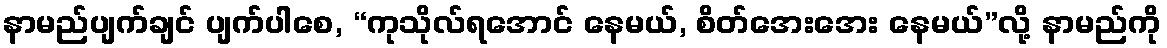
နာမည်ပျက်ချင် ပျက်ပါစေ, “ကုသိုလ်ရအောင် နေမယ်, စိတ်အေးအေး နေမယ်”လို့ နာမည်ကို